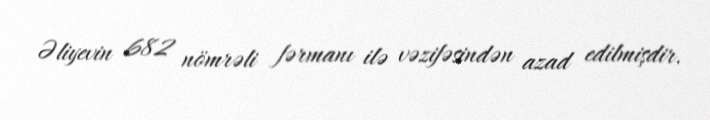
Əliyevin 682 nömrəli fərmanı ilə vəzifəsindən azad edilmişdir.